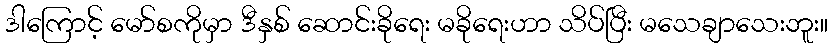
ဒါကြောင့် မော်စကိုမှာ ဒီနှစ် ဆောင်းခိုရေး မခိုရေးဟာ သိပ်ပြီး မသေချာသေးဘူး။